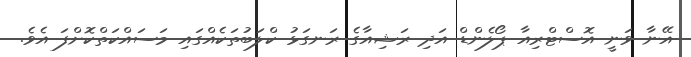
އޭނާ ވަނީ އޮސްޓްރިއާ ޕޯލެންޑް އަދި ރަޝިއާގެ ރަނގަޅު ކްލަބުތަކެއްގައި މަސައްކަތްކޮށްފަ އެވެ.